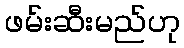
ဖမ်းဆီးမည်ဟု